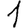
Digit: 1